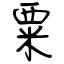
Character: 粟